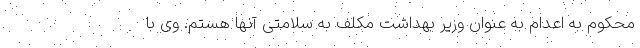
محکوم به اعدام به عنوان وزیر بهداشت مکلف به سلامتی آنها هستم. وی با